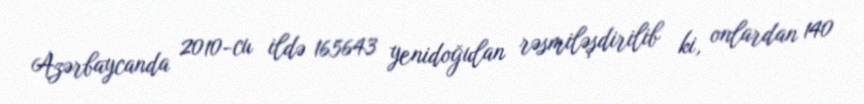
Azərbaycanda 2010-cu ildə 165643 yenidoğulan rəsmiləşdirilib ki, onlardan 140